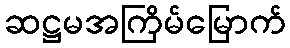
ဆဋ္ဌမအကြိမ်မြောက်